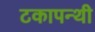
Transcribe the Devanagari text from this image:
टकापन्थी